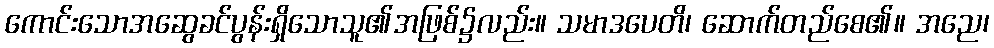
ကောင်းသောအဆွေခင်ပွန်းရှိသောသူ၏အဖြစ်၌လည်း။ သမာဒပေတိ၊ ဆောက်တည်စေ၏။ အညေ၊